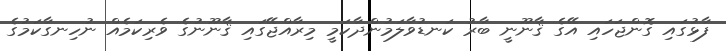
ފާޅުގައި ގޮންޖަހައި އޭގެ ޤާނޫނީ ބާރު ކަނޑުވާލަމުންދާކަމީ މިރާއްޖޭގައި ޤާނޫނުގެ ވެރިކަމެއް ނުހިނގާކަމުގެ